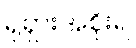
ရုရှားအစိုးရ